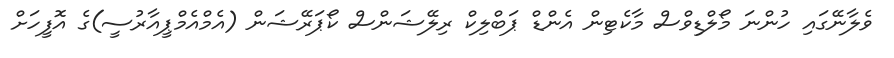
ވެލާނޭގައި ހުންނަ މޯލްޑިވްސް މާކެޓިން އެންޑް ޕަބްލިކް ރިލޭޝަންސް ކޯޕަރޭޝަން (އެމްއެމްޕީއާރުސީ)ގެ އޮފީހަށް